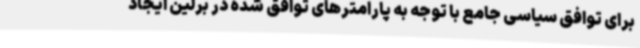
برای توافق سیاسی جامع با توجه به پارامترهای توافق شده در برلین ایجاد